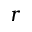
r